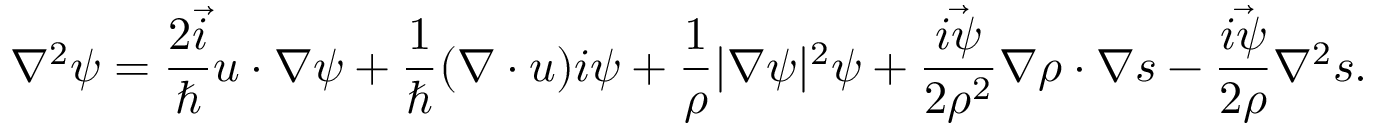
\nabla ^ { 2 } \boldsymbol { \psi } = \frac { 2 \vec { i } } { \hbar } \boldsymbol { u } \cdot \boldsymbol { \nabla } \boldsymbol { \psi } + \frac { 1 } { \hbar } ( \boldsymbol { \nabla } \cdot \boldsymbol { u } ) \boldsymbol { i \psi } + \frac { 1 } { \rho } | \boldsymbol { \nabla } \boldsymbol { \psi } | ^ { 2 } \boldsymbol { \psi } + \frac { \vec { i \psi } } { 2 \rho ^ { 2 } } \boldsymbol { \nabla } \rho \cdot \boldsymbol { \nabla } \boldsymbol { s } - \frac { \vec { i \psi } } { 2 \rho } \nabla ^ { 2 } \boldsymbol { s } .